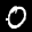
Label: 0